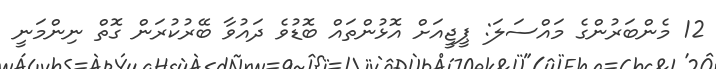
12 މެންބަރުންގެ މައްސަލަ: ޕީޖީއަށް އޮޅުންތައް ބޮޑުވެ ދައުވާ ބޭރުކުރަން ގޮތް ނިންމަނީ